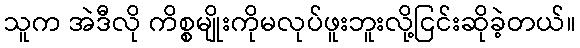
သူက အဲဒီလို ကိစ္စမျိုးကိုမလုပ်ဖူးဘူးလို့ငြင်းဆိုခဲ့တယ်။